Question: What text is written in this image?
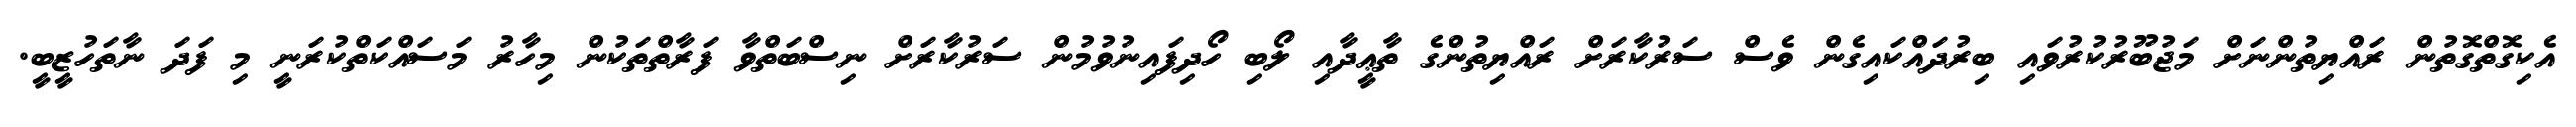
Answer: އެކިގޮތްގޮތުން ރައްޔިތުންނަށް މަޖުބޫރުކުރުވައި ބިރުދައްކައިގެން ވެސް ސަރުކާރަށް ރައްޔިތުންގެ ތާޢީދާއި ލޯބި ހޯދިފައިނުވުމުން ސަރުކާރަށް ނިސްބަތްވާ ފަރާތްތަކުން މިހާރު މަސައްކަތްކުރަނީ މި ފަދަ ނާތަހުޒީބީ.